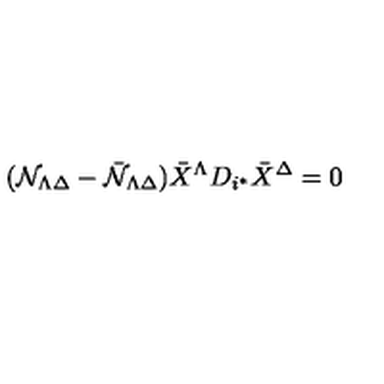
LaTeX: ( { \cal N } _ { \Lambda \Delta } - { \bar { \cal N } } _ { \Lambda \Delta } ) { \bar { X } } ^ { \Lambda } D _ { i ^ { * } } { \bar { X } } ^ { \Delta } = 0